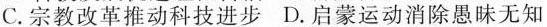
C.宗教改革推动科技进步D.启蒙运动消除愚昧无知